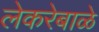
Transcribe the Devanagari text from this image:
लेकरेबाळे